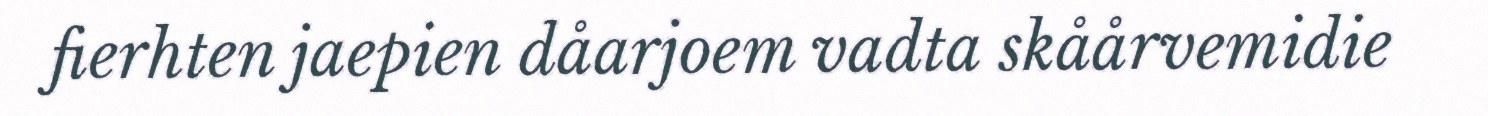
fierhten jaepien dåarjoem vadta skåårvemidie